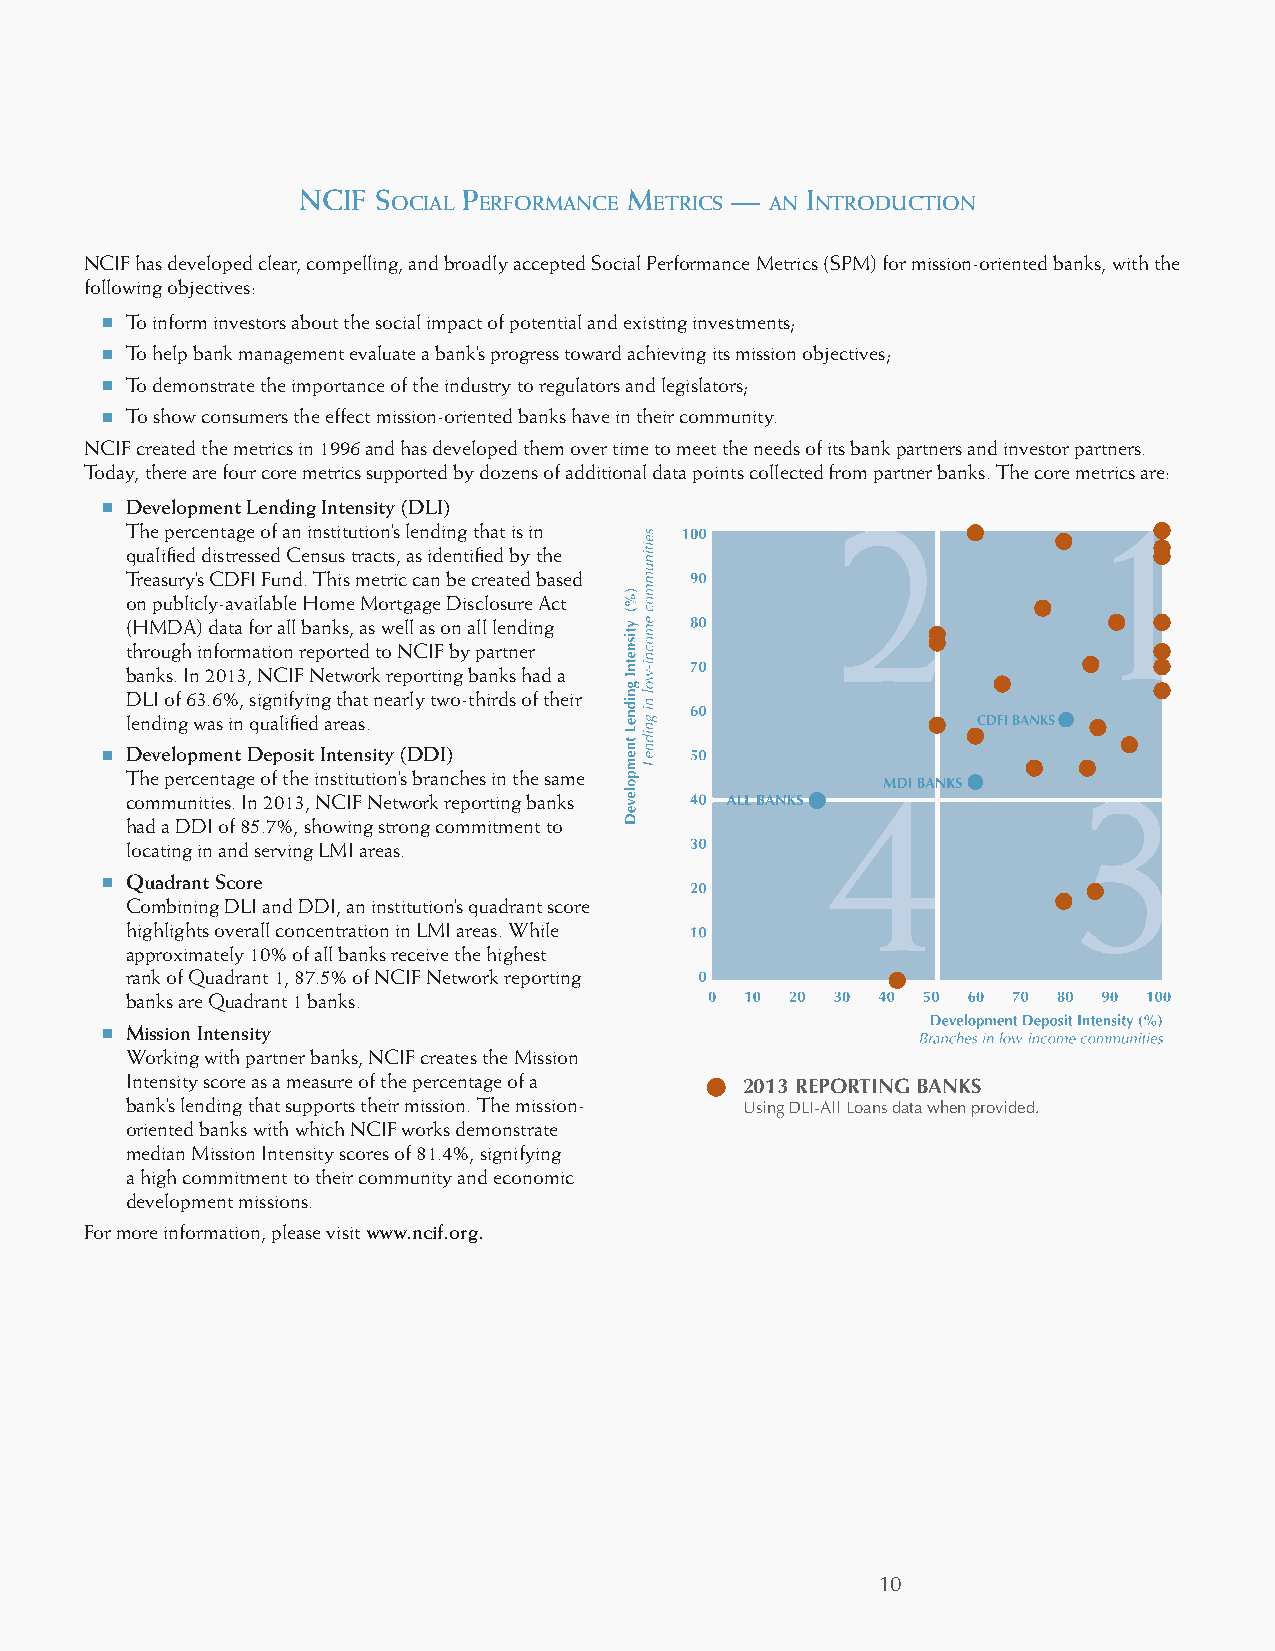
ncIf s     p          m     —    I
 ocIal erformance eTrIcs  an nTroducTIon
 NCIF has developed clear, compelling, and broadly accepted Social Performance Metrics (SPM) for mission-oriented banks, with the
 following objectives:
 To inform investors about the social impact of potential and existing investments;
 To help bank management evaluate a bank’s progress toward achieving its mission objectives;
 To demonstrate the importance of the industry to regulators and legislators;
 To show consumers the effect mission-oriented banks have in their community.
 NCIF created the metrics in 1996 and has developed them over time to meet the needs of its bank partners and investor partners.
 Today, there are four core metrics supported by dozens of additional data points collected from partner banks. The core metrics are:
 D evelopment Lending Intensity (DLI)
 The percentage of an institution’s lending that is in
 qualified distressed Census tracts, as identified by the
 Treasury’s CDFI Fund. This metric can be created based
 on publicly-available Home Mortgage Disclosure Act
 (HMDA) data for all banks, as well as on all lending
 through information reported to NCIF by partner
 banks. In 2013, NCIF Network reporting banks had a
 DLI of 63.6%, signifying that nearly two-thirds of their
 lending was in qualified areas.
 D evelopment Deposit Intensity (DDI)
 The percentage of the institution’s branches in the same
 communities. In 2013, NCIF Network reporting banks
 had a DDI of 85.7%, showing strong commitment to
 locating in and serving LMI areas.
 Q uadrant Score
 Combining DLI and DDI, an institution’s quadrant score
 highlights overall concentration in LMI areas. While
 approximately 10% of all banks receive the highest
 rank of Quadrant 1, 87.5% of NCIF Network reporting
 banks are Quadrant 1 banks.
 M ission Intensity
 Working with partner banks, NCIF creates the Mission
 Intensity score as a measure of the percentage of a
 2013 REPORTING BANKS
 bank’s lending that supports their mission. The mission- Using DLI-All Loans data when provided.
 oriented banks with which NCIF works demonstrate
 median Mission Intensity scores of 81.4%, signifying
 a high commitment to their community and economic
 development missions.
 For more information, please visit www.ncif.org.
 10